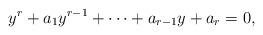
LaTeX: \begin{align*}y^r + a_1 y^{r-1} + \cdots + a_{r-1} y + a_r = 0,\end{align*}